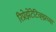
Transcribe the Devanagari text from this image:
रिप्रेझेंटेटिव्ह्झच्या